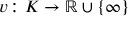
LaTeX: v \colon K \to \mathbb { R } \cup \{ \infty \}